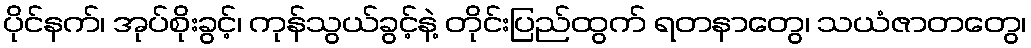
ပိုင်နက်၊ အုပ်စိုးခွင့်၊ ကုန်သွယ်ခွင့်နဲ့ တိုင်းပြည်ထွက် ရတနာတွေ၊ သယံဇာတတွေ၊